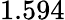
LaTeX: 1.594